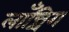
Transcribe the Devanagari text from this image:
लाँन्चिंग